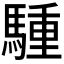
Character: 𫘐